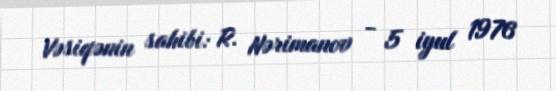
Vəsiqənin sahibi: R. Nərimanov - 5 iyul 1976